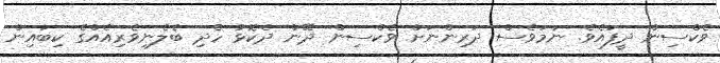
ވެކްސިން ދީފައެވެ. ނަމަވެސް ދަރިންނަށް ވެކްސިން ދޭން ދެކޮޅު ހެދި ބެލެނިވެރިއެއްގެ ކިބައިން